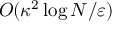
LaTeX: O ( \kappa ^ { 2 } \log N / \varepsilon )